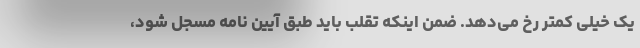
یک خیلی کمتر رخ می‌دهد. ضمن اینکه تقلب باید طبق آیین نامه مسجل شود،